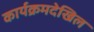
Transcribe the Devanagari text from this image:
कार्यक्रमदेखिल